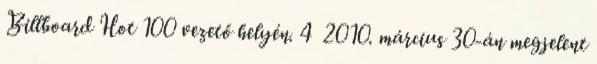
Billboard Hot 100 vezető helyén. 4 2010. március 30-án megjelent